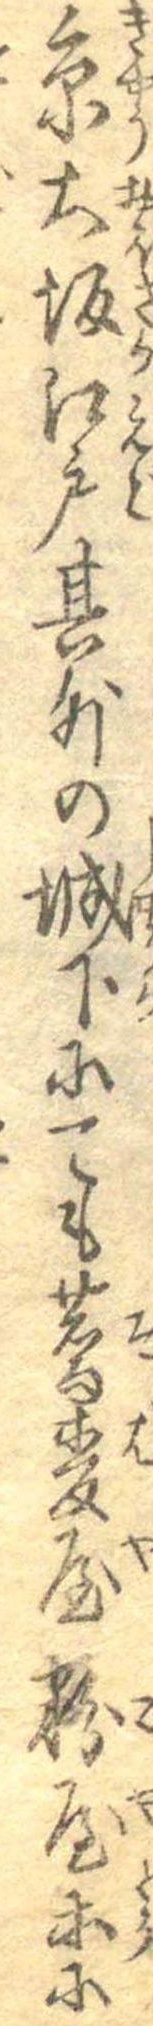
京大坂江戸其外の城下にても蕎麦屋粉屋等に